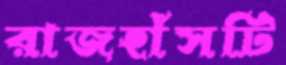
রাজহাঁসটি